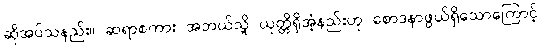
ဆိုအပ်သနည်း။ ဆရာစကား အဘယ်သို့ ယုတ္တိရှိအံ့နည်းဟု စောဒနာဖွယ်ရှိသောကြောင့်